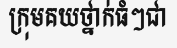
ក្រុមគយថ្នាក់ធំៗជា